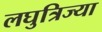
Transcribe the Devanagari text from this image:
लघुत्रिज्या